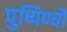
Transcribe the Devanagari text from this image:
पुष्पिण्यौ